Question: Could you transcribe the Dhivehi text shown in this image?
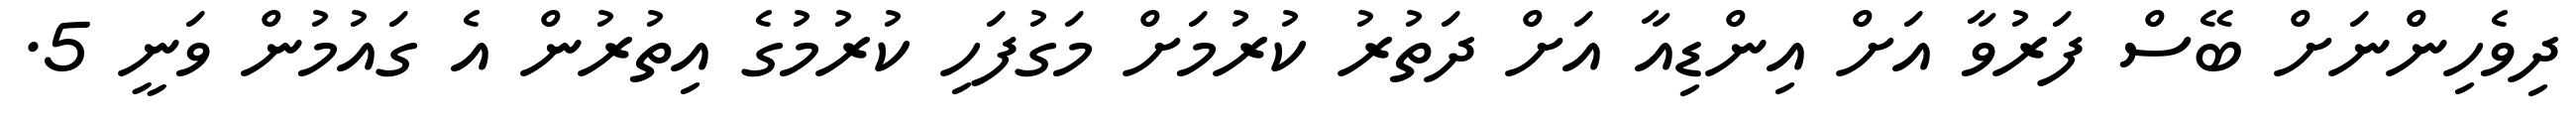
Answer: ދިވެހިންނަށް ބޭސް ފަރުވާ އަށް އިންޑިއާ އަށް ދަތުރު ކުރުމަށް މަގުފަހި ކުރުމުގެ އިތުރުން އެ ގައުމުން ވަނީ 5.